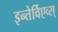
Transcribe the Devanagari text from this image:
इन्तेर्विएव्स्